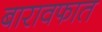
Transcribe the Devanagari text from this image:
बारावफात